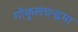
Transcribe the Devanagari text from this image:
गोकुलचन्द्रमा